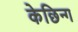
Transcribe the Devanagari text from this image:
केछिन्ग